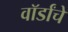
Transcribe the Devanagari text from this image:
वॉर्डांचे